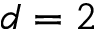
d = 2